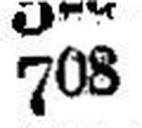
708